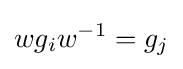
wg_{i}w^{-1}=g_{j}